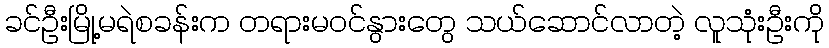
ခင်ဦးမြို့မရဲစခန်းက တရားမဝင်နွားတွေ သယ်ဆောင်လာတဲ့ လူသုံးဦးကို